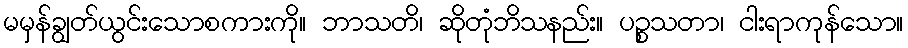
မမှန်ချွတ်ယွင်းသောစကားကို။ ဘာသတိ၊ ဆိုတုံဘိသနည်း။ ပဉ္စသတာ၊ ငါးရာကုန်သော။